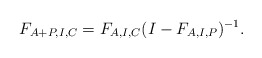
\begin{align*}F_{A+P,I,C}= F_{A,I,C}(I-F_{A,I,P})^{-1}.\end{align*}